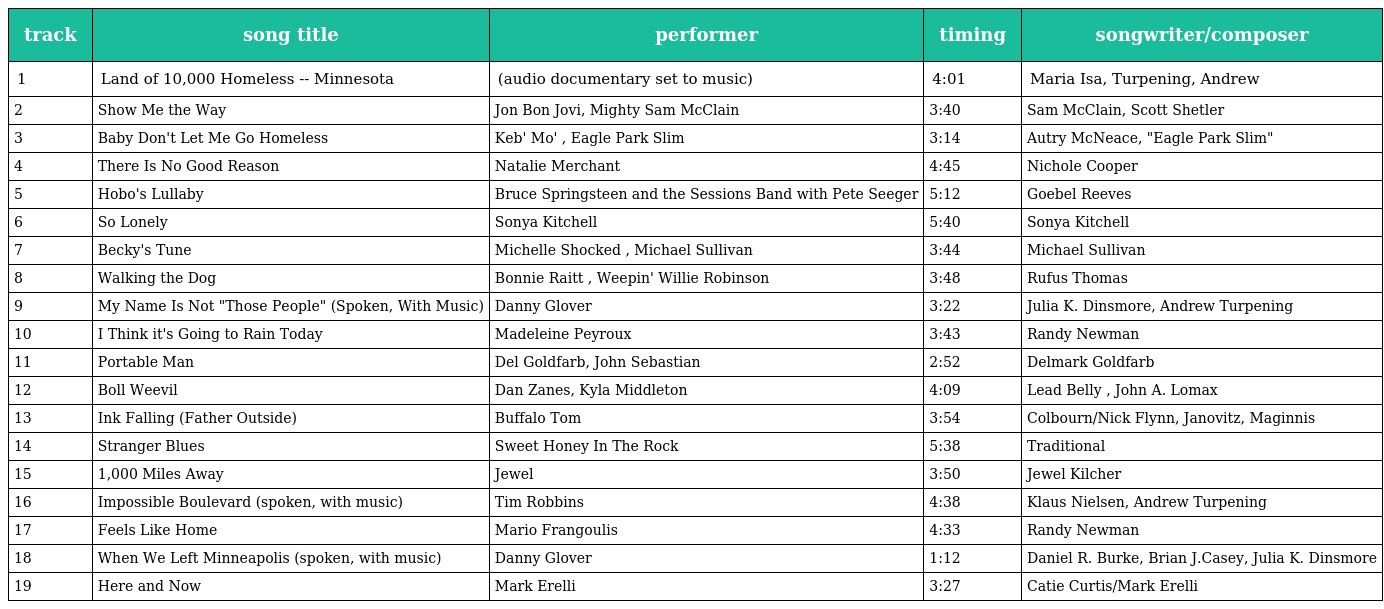
| track | song title | performer | timing | songwriter/composer |
 | --- | --- | --- | --- | --- |
 | 1 | Land of 10,000 Homeless -- Minnesota | (audio documentary set to music) | 4:01 | Maria Isa, Turpening, Andrew |
 | 2 | Show Me the Way | Jon Bon Jovi, Mighty Sam McClain | 3:40 | Sam McClain, Scott Shetler |
 | 3 | Baby Don't Let Me Go Homeless | Keb' Mo' , Eagle Park Slim | 3:14 | Autry McNeace, "Eagle Park Slim" |
 | 4 | There Is No Good Reason | Natalie Merchant | 4:45 | Nichole Cooper |
 | 5 | Hobo's Lullaby | Bruce Springsteen and the Sessions Band with Pete Seeger | 5:12 | Goebel Reeves |
 | 6 | So Lonely | Sonya Kitchell | 5:40 | Sonya Kitchell |
 | 7 | Becky's Tune | Michelle Shocked , Michael Sullivan | 3:44 | Michael Sullivan |
 | 8 | Walking the Dog | Bonnie Raitt , Weepin' Willie Robinson | 3:48 | Rufus Thomas |
 | 9 | My Name Is Not "Those People" (Spoken, With Music) | Danny Glover | 3:22 | Julia K. Dinsmore, Andrew Turpening |
 | 10 | I Think it's Going to Rain Today | Madeleine Peyroux | 3:43 | Randy Newman |
 | 11 | Portable Man | Del Goldfarb, John Sebastian | 2:52 | Delmark Goldfarb |
 | 12 | Boll Weevil | Dan Zanes, Kyla Middleton | 4:09 | Lead Belly , John A. Lomax |
 | 13 | Ink Falling (Father Outside) | Buffalo Tom | 3:54 | Colbourn/Nick Flynn, Janovitz, Maginnis |
 | 14 | Stranger Blues | Sweet Honey In The Rock | 5:38 | Traditional |
 | 15 | 1,000 Miles Away | Jewel | 3:50 | Jewel Kilcher |
 | 16 | Impossible Boulevard (spoken, with music) | Tim Robbins | 4:38 | Klaus Nielsen, Andrew Turpening |
 | 17 | Feels Like Home | Mario Frangoulis | 4:33 | Randy Newman |
 | 18 | When We Left Minneapolis (spoken, with music) | Danny Glover | 1:12 | Daniel R. Burke, Brian J.Casey, Julia K. Dinsmore |
 | 19 | Here and Now | Mark Erelli | 3:27 | Catie Curtis/Mark Erelli |